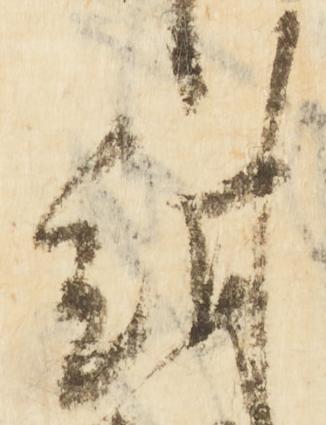
紺